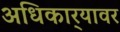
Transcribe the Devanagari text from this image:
अधिकार्‍यावर